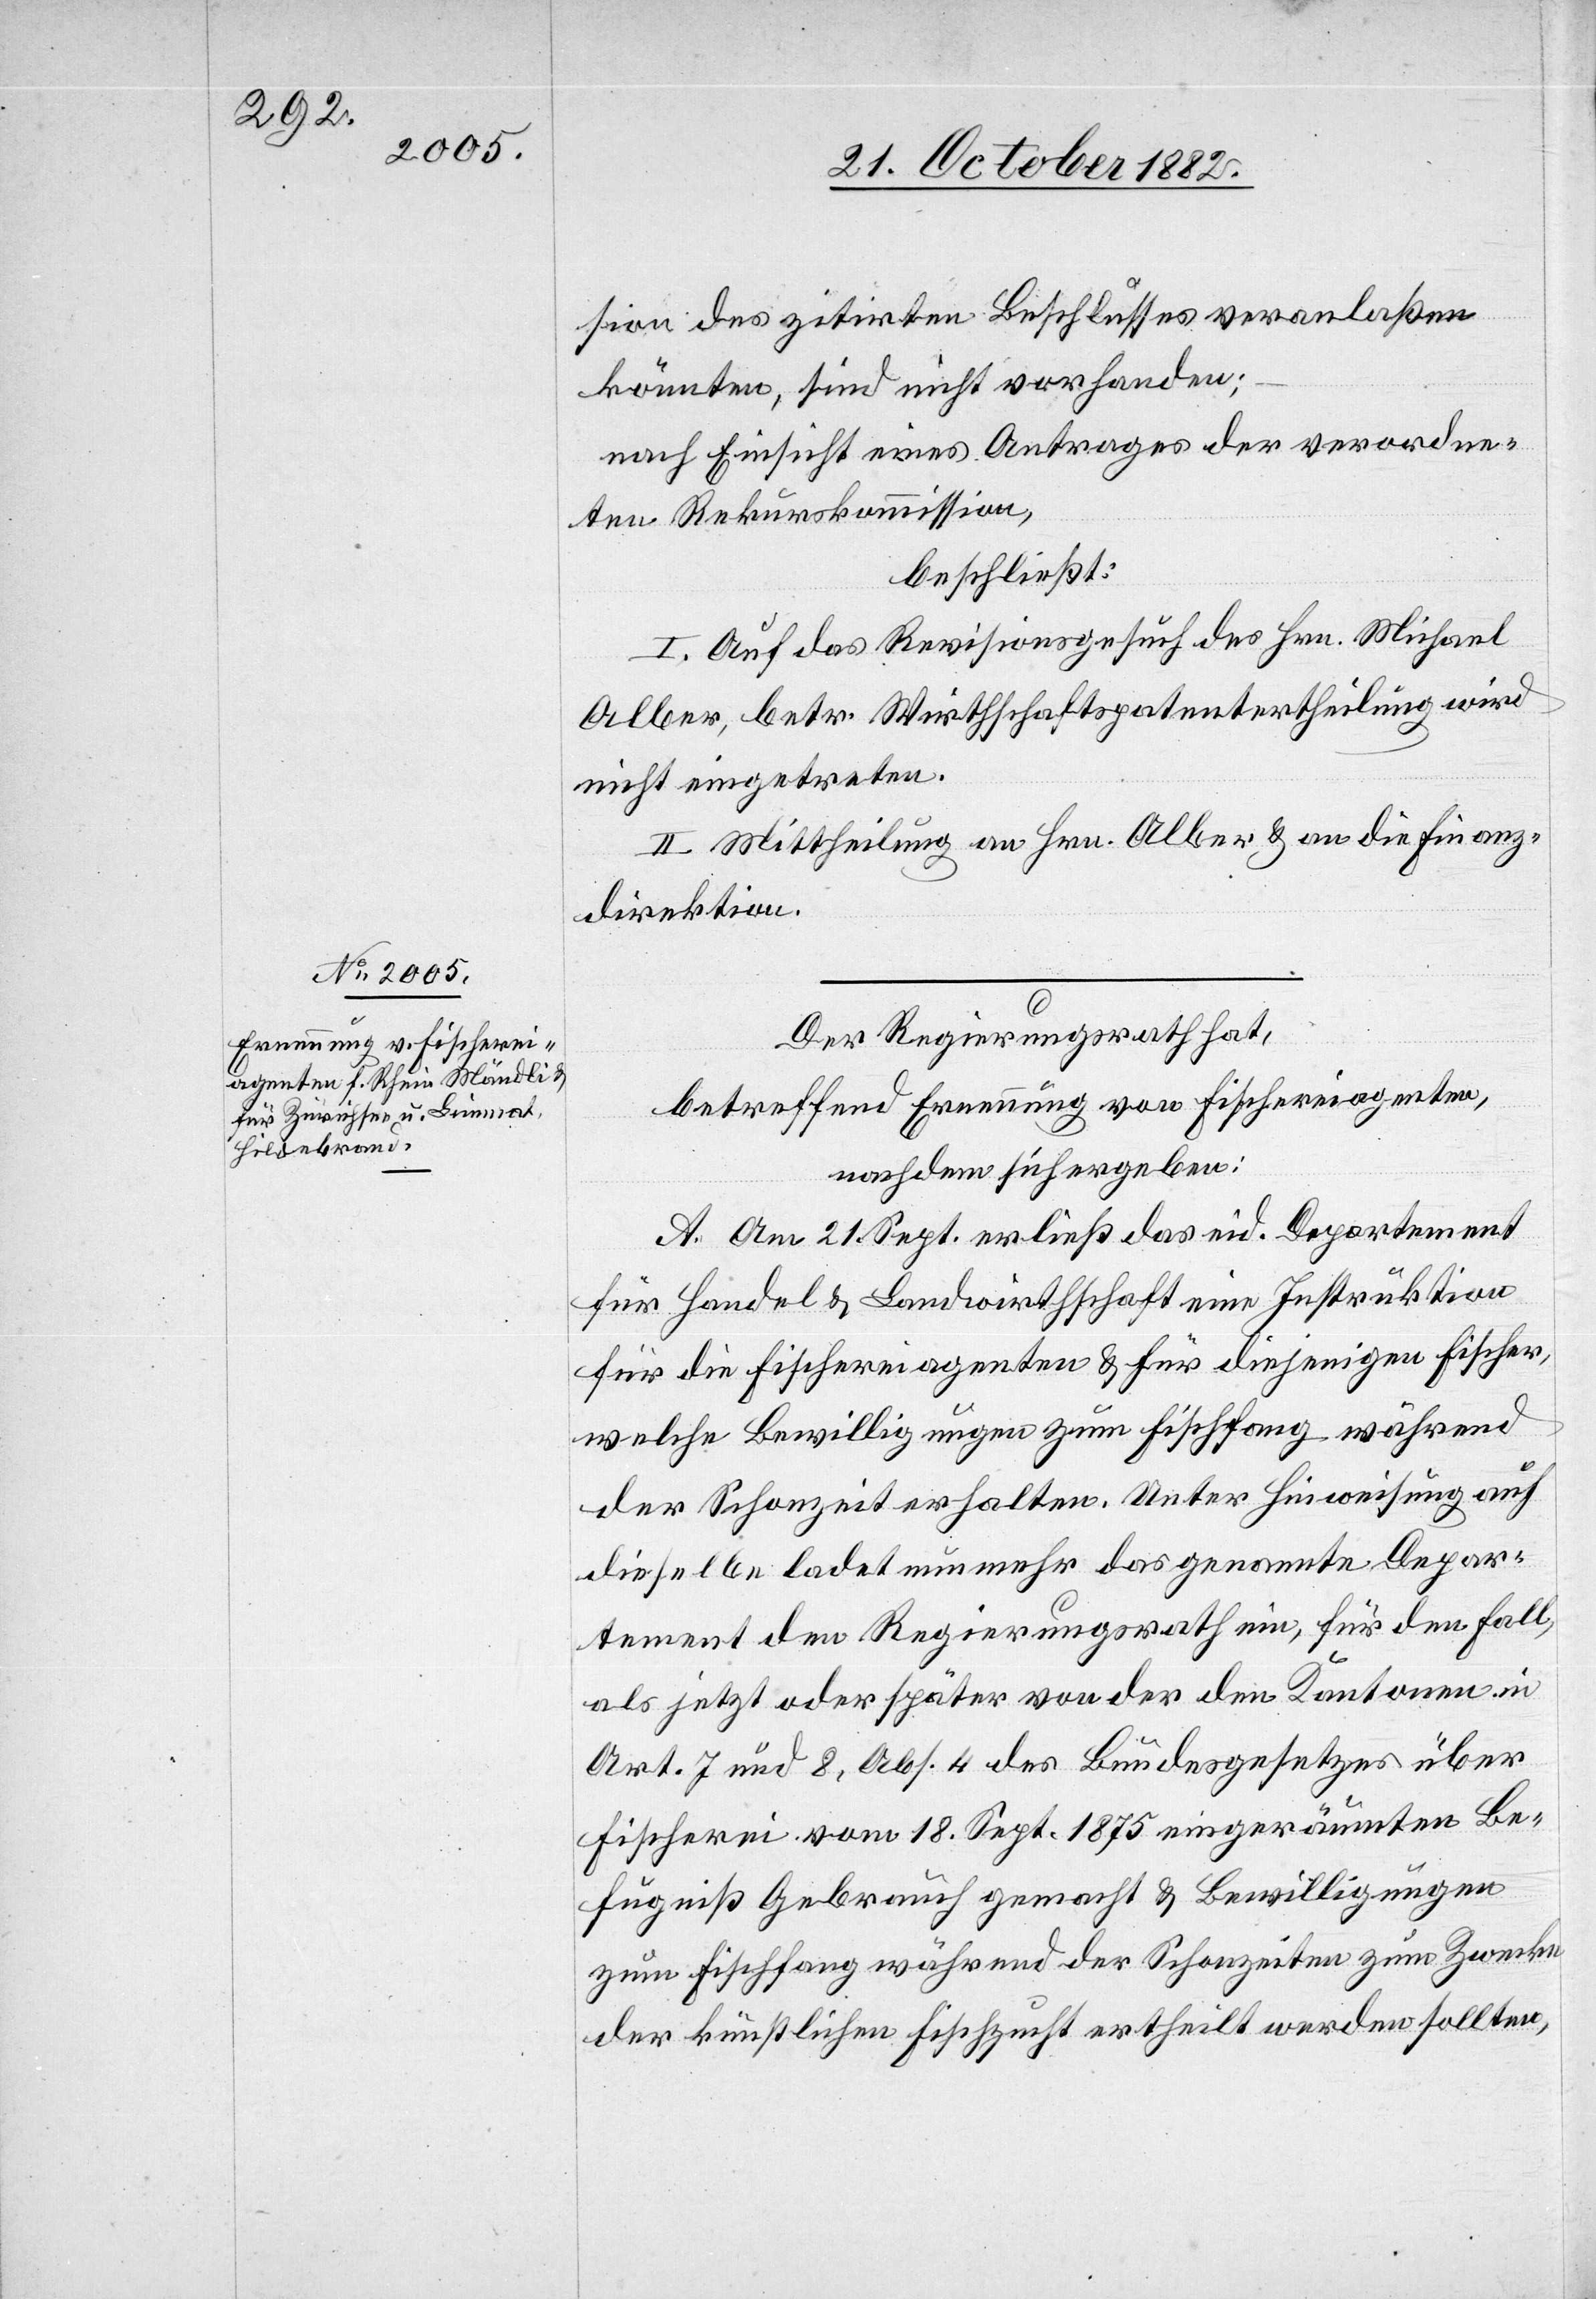
sion des zitirten Beschlusses veranlaßen
könnten, sind nicht vorhanden;
nach Einsicht eines Antrages der verordne¬
ten Rekurskommission,
beschließt:
I. Auf das Revisionsgesuch des Hrn. Michael
Alber, betr. Wirthschaftspatentertheilung wird
nicht eingetreten.
II. Mittheilung an Hrn. Alber & an die Finanz¬
direktion.
Der Regierungsrath hat,
betreffend Ernennung von Fischereiagenten,
nachdem sich ergeben:
A. Am 21. Sept. erließ das eid. Departement
für Handel & Landwirtschaft eine Instruktion
für die Fischereiagenten & für diejenigen Fischer,
welche Bewilligungen zum Fischfang während
der Schonzeit erhalten. Unter Hinweisung auf
dieselbe ladet nunmehr das genannte Depar¬
tement den Regierungsrath ein, für den Fall,
als jetzt oder später von der den Kantonen in
Art. 7 und 8, Abs. 4 des Bundesgesetzes über
Fischerei vom 18. Sept. 1875 eingeräumten Be¬
fugniß Gebrauch gemacht & Bewilligungen
zum Fischfang während der Schonzeiten zum Zwecke
der künstlichen Fischzucht ertheilt werden sollten,